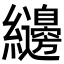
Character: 𮉝